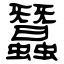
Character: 蠶